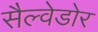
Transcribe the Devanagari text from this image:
सैल्वेडोर